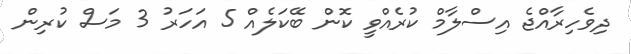
ދިވެހިރާއްޖެ އިސްލާމް ކުރެއްވީ ކޮން ބޭކަލެއް 5 އަހަރު 3 މަސް ކުރިން